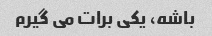
باشه، یکی برات می گیرم